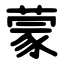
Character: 蒙